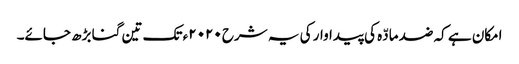
امکان ہے کہ ضد مادّہ کی پیداوار کی یہ شرح ٢٠٢٠ء تک تین گنا بڑھ جائے۔